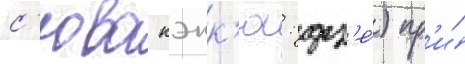
с'юва кэнк'ю: дз'е́) пр'и́